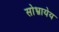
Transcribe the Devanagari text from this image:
सोभ्नायेय